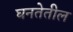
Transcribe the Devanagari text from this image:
घनतेतील